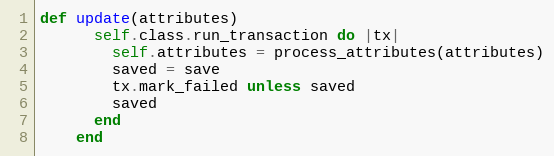
Language: Ruby
def update(attributes)
      self.class.run_transaction do |tx|
        self.attributes = process_attributes(attributes)
        saved = save
        tx.mark_failed unless saved
        saved
      end
    end